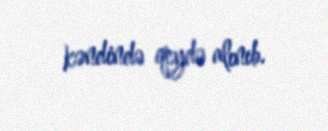
kəndində qeydə alınıb.